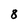
Character: 8